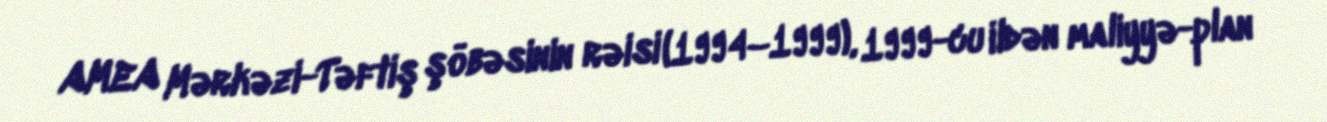
AMEA Mərkəzi-Təftiş şöbəsinin rəisi (1994–1999), 1999-cu ildən maliyyə-plan